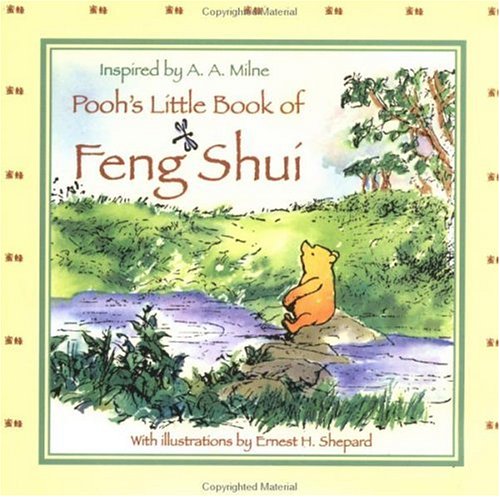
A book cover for Pooh's Little Book of Feng Shui (Winnie-the-Pooh); Teen & Young Adult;